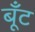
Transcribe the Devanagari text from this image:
बूँट